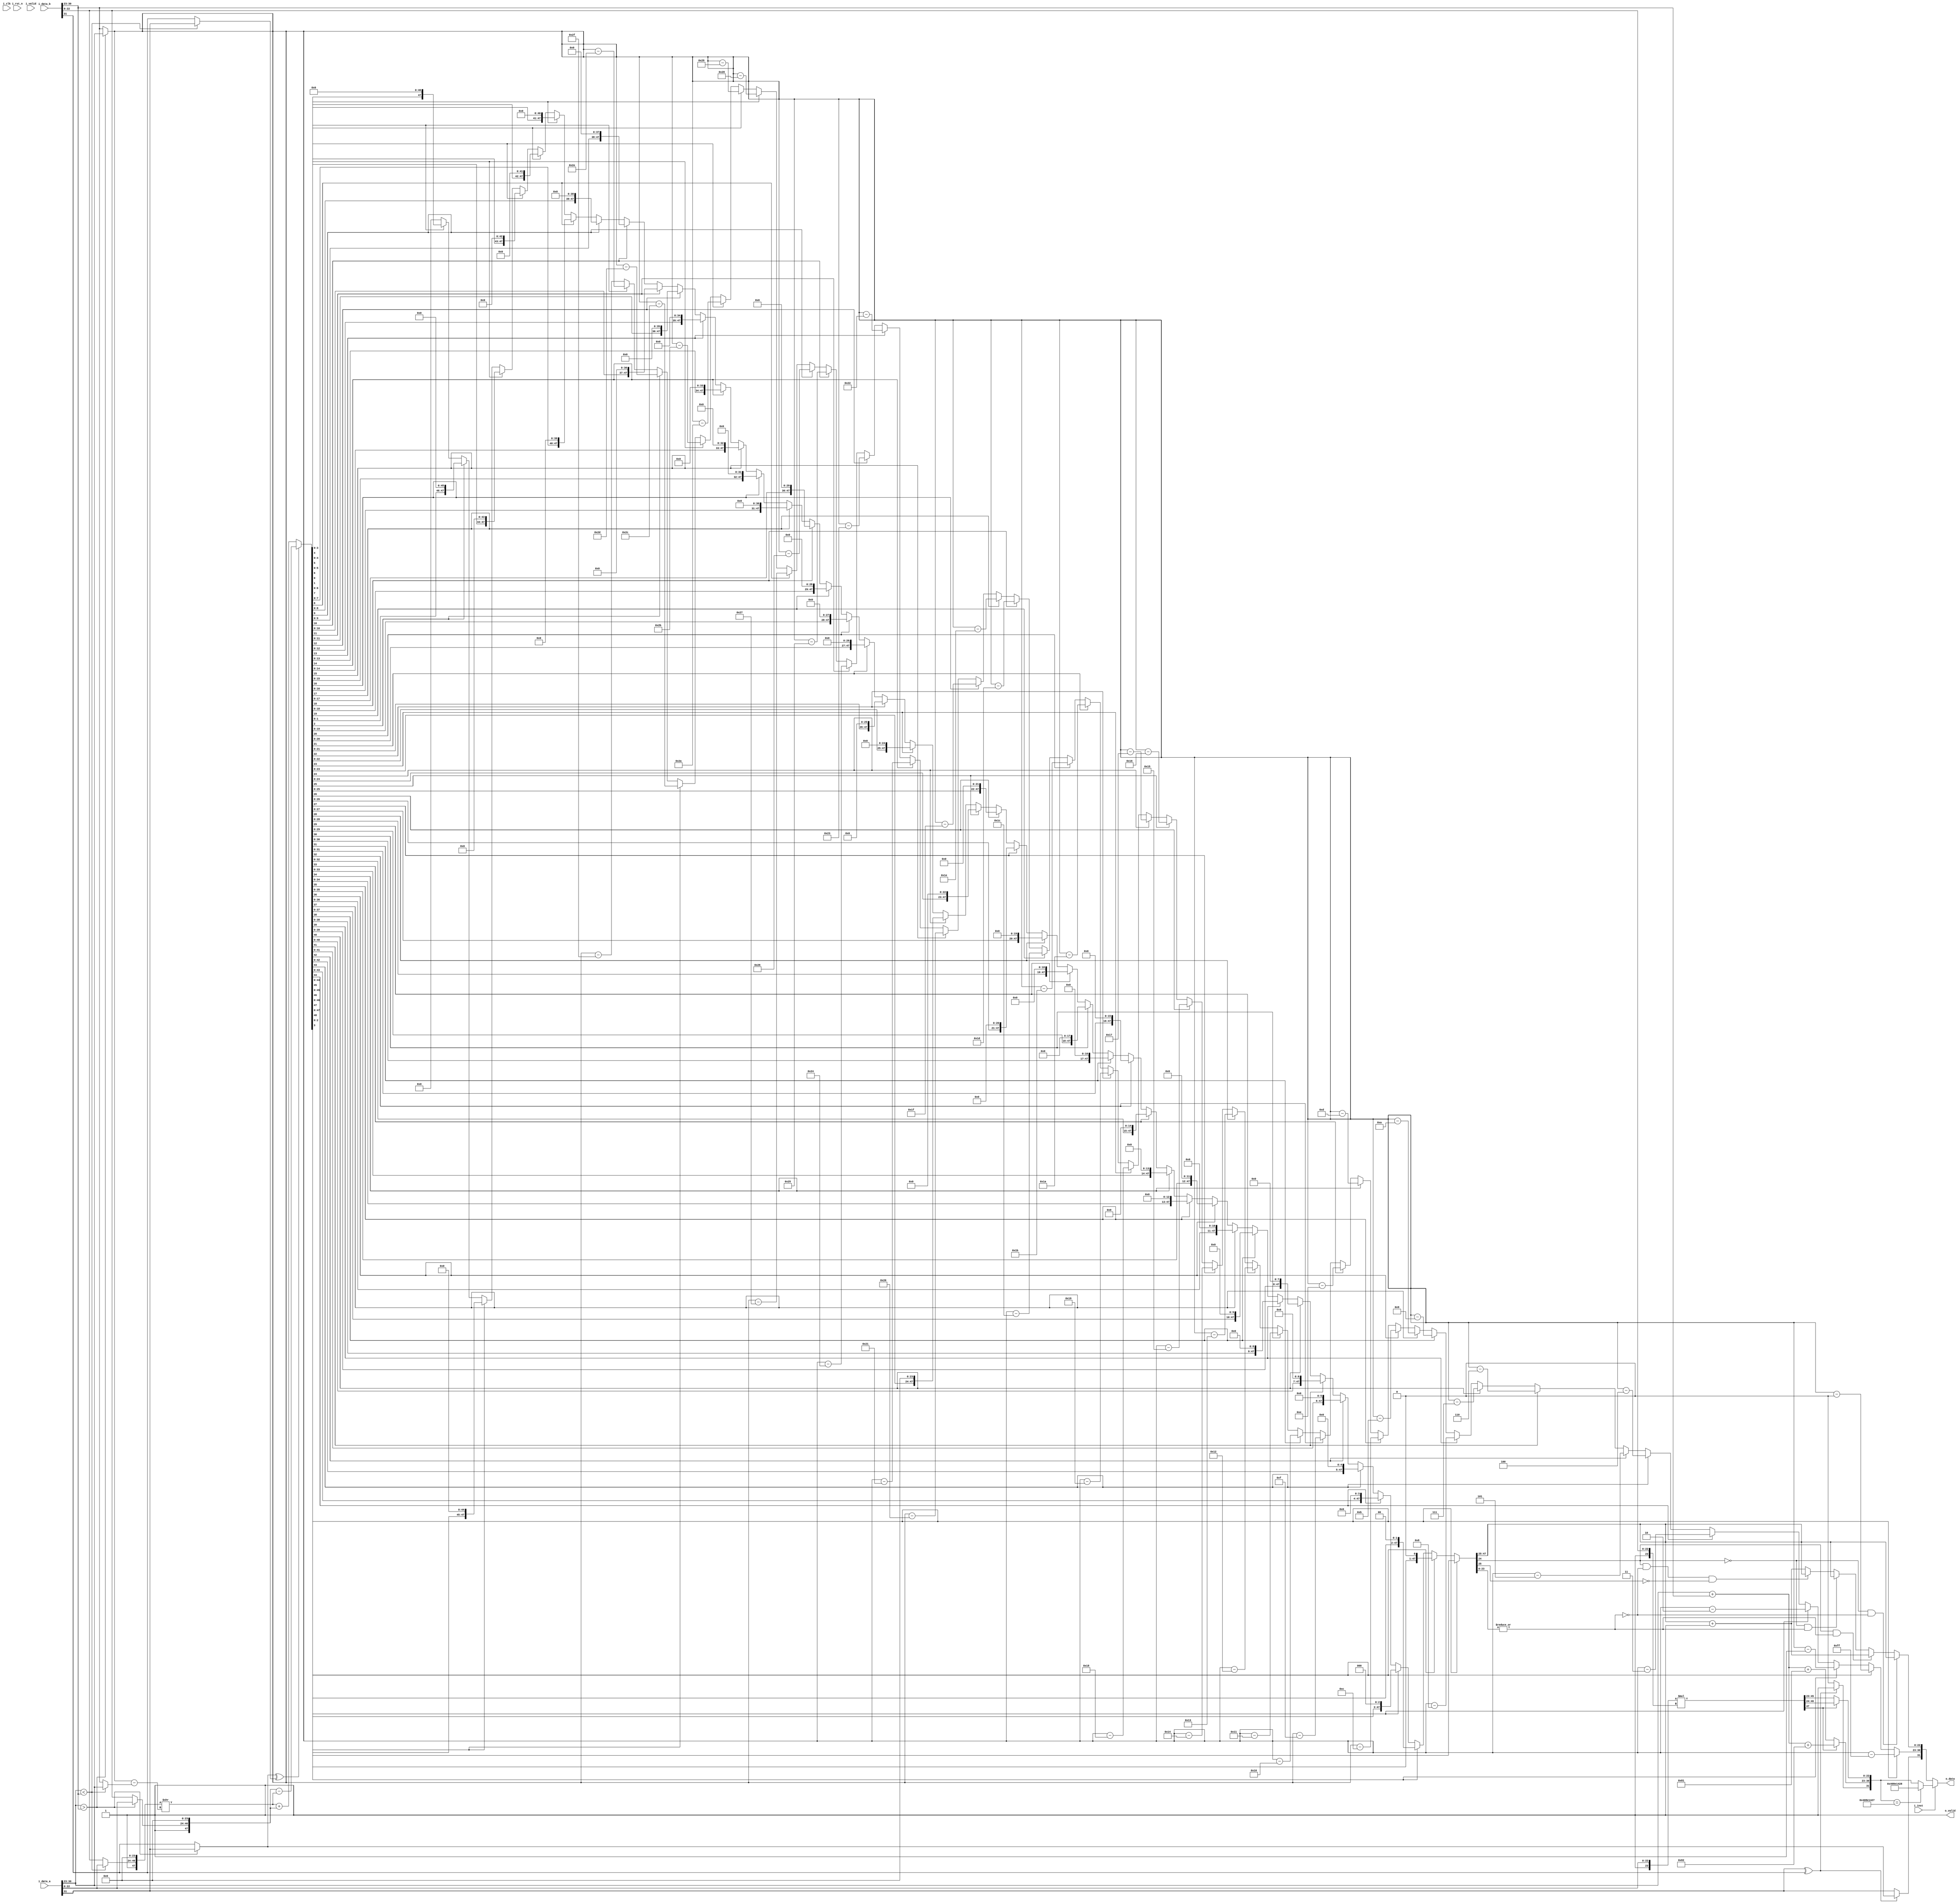
module fpu #(
    parameter DATA_WIDTH = 32,
    parameter INST_WIDTH = 1
)(
    input                   i_clk,
    input                   i_rst_n,
    input  [DATA_WIDTH-1:0] i_data_a,
    input  [DATA_WIDTH-1:0] i_data_b,
    input  [INST_WIDTH-1:0] i_inst,
    input                   i_valid,
    output [DATA_WIDTH-1:0] o_data,
    output                  o_valid
);


wire [23:0] i_data_a_fraction, i_data_b_fraction;
wire [7:0]  i_data_a_exponent, i_data_b_exponent;
wire        i_data_a_sign,     i_data_b_sign;

assign i_data_a_fraction = {1'b1, i_data_a[22:0]};
assign i_data_b_fraction = {1'b1, i_data_b[22:0]};
assign i_data_a_exponent = i_data_a[30:23];
assign i_data_b_exponent = i_data_b[30:23];
assign i_data_a_sign     = i_data_a[31];
assign i_data_b_sign     = i_data_b[31];


//ADD
wire [23:0] big_fraction, small_fraction;
wire [7:0]  big_exponent, small_exponent;
wire        big_sign    , small_sign;

assign big_exponent   = (i_data_a_exponent > i_data_b_exponent) ? 
                         i_data_a_exponent : i_data_b_exponent;

assign small_exponent = (i_data_a_exponent < i_data_b_exponent) ? 
                         i_data_a_exponent : i_data_b_exponent;   

assign big_fraction   = (i_data_a_exponent > i_data_b_exponent) ? 
                         i_data_a_fraction : i_data_b_fraction;

assign small_fraction = (i_data_a_exponent < i_data_b_exponent) ? 
                         i_data_a_fraction : i_data_b_fraction;

assign big_sign       = (i_data_a_exponent > i_data_b_exponent) ? 
                         i_data_a_sign     : i_data_b_sign;

assign small_sign     = (i_data_a_exponent < i_data_b_exponent) ? 
                         i_data_a_sign     : i_data_b_sign;                       

wire [7:0] exponent_difference;
assign exponent_difference = big_exponent - small_exponent;

wire [47:0] shifted_small_fraction;
wire [47:0] extended_big_fraction; 
assign shifted_small_fraction = {small_fraction, 24'd0} >> exponent_difference;
assign extended_big_fraction  = {big_fraction, 24'd0};

wire [48:0] sum_of_fraction;
assign sum_of_fraction = ~(big_sign ^ small_sign) ? (shifted_small_fraction + extended_big_fraction) : 
                            (extended_big_fraction - shifted_small_fraction);


reg [7:0] normalized_exponent;
reg [48:0] shifted_sum_of_fraction;
always @(*) begin
    if (sum_of_fraction[48]) begin
        normalized_exponent = big_exponent - (47-48);
        shifted_sum_of_fraction = sum_of_fraction << (48-48);

    end else if (sum_of_fraction[47]) begin
        normalized_exponent = big_exponent - (47-47);
        shifted_sum_of_fraction = sum_of_fraction << (48-47);
    end else if (sum_of_fraction[46]) begin
        normalized_exponent = big_exponent - (47-46);
        shifted_sum_of_fraction = sum_of_fraction << (48-46);
    end else if (sum_of_fraction[45]) begin
        normalized_exponent = big_exponent - (47-45);
        shifted_sum_of_fraction = sum_of_fraction << (48-45);
    end else if (sum_of_fraction[44]) begin
        normalized_exponent = big_exponent - (47-44);
        shifted_sum_of_fraction = sum_of_fraction << (48-44);
    end else if (sum_of_fraction[43]) begin
        normalized_exponent = big_exponent - (47-43);
        shifted_sum_of_fraction = sum_of_fraction << (48-43);
    end else if (sum_of_fraction[42]) begin
        normalized_exponent = big_exponent - (47-42);
        shifted_sum_of_fraction = sum_of_fraction << (48-42);
    end else if (sum_of_fraction[41]) begin
        normalized_exponent = big_exponent - (47-41);
        shifted_sum_of_fraction = sum_of_fraction << (48-41);
    end else if (sum_of_fraction[40]) begin
        normalized_exponent = big_exponent - (47-40);
        shifted_sum_of_fraction = sum_of_fraction << (48-40);
    end else if (sum_of_fraction[39]) begin
        normalized_exponent = big_exponent - (47-39);
        shifted_sum_of_fraction = sum_of_fraction << (48-39);
    end else if (sum_of_fraction[38]) begin
        normalized_exponent = big_exponent - (47-38);
        shifted_sum_of_fraction = sum_of_fraction << (48-38);
    end else if (sum_of_fraction[37]) begin
        normalized_exponent = big_exponent - (47-37);
        shifted_sum_of_fraction = sum_of_fraction << (48-37);
    end else
    if (sum_of_fraction[36]) begin
        normalized_exponent = big_exponent - (47-36);
        shifted_sum_of_fraction = sum_of_fraction << (48-36);
    end else
    if (sum_of_fraction[35]) begin
        normalized_exponent = big_exponent - (47-35);
        shifted_sum_of_fraction = sum_of_fraction << (48-35);
    end else
    if (sum_of_fraction[34]) begin
        normalized_exponent = big_exponent - (47-34);
        shifted_sum_of_fraction = sum_of_fraction << (48-34);
    end else
    if (sum_of_fraction[33]) begin
        normalized_exponent = big_exponent - (47-33);
        shifted_sum_of_fraction = sum_of_fraction << (48-33);
    end else
    if (sum_of_fraction[32]) begin
        normalized_exponent = big_exponent - (47-32);
        shifted_sum_of_fraction = sum_of_fraction << (48-32);
    end else
    if (sum_of_fraction[31]) begin
        normalized_exponent = big_exponent - (47-31);
        shifted_sum_of_fraction = sum_of_fraction << (48-31);
    end else
    if (sum_of_fraction[30]) begin
        normalized_exponent = big_exponent - (47-30);
        shifted_sum_of_fraction = sum_of_fraction << (48-30);
    end else
    if (sum_of_fraction[29]) begin
        normalized_exponent = big_exponent - (47-29);
        shifted_sum_of_fraction = sum_of_fraction << (48-29);
    end else
    if (sum_of_fraction[28]) begin
        normalized_exponent = big_exponent - (47-28);
        shifted_sum_of_fraction = sum_of_fraction << (48-28);
    end else
    if (sum_of_fraction[27]) begin
        normalized_exponent = big_exponent - (47-27);
        shifted_sum_of_fraction = sum_of_fraction << (48-27);
    end else
    if (sum_of_fraction[26]) begin
        normalized_exponent = big_exponent - (47-26);
        shifted_sum_of_fraction = sum_of_fraction << (48-26);
    end else
    if (sum_of_fraction[25]) begin
        normalized_exponent = big_exponent - (47-25);
        shifted_sum_of_fraction = sum_of_fraction << (48-25);
    end else
    if (sum_of_fraction[24]) begin
        normalized_exponent = big_exponent - (47-24);
        shifted_sum_of_fraction = sum_of_fraction << (48-24);
    end else
    if (sum_of_fraction[23]) begin
        normalized_exponent = big_exponent - (47-23);
        shifted_sum_of_fraction = sum_of_fraction << (48-23);
    end else
    if (sum_of_fraction[22]) begin
        normalized_exponent = big_exponent - (47-22);
        shifted_sum_of_fraction = sum_of_fraction << (48-22);
    end else
    if (sum_of_fraction[21]) begin
        normalized_exponent = big_exponent - (47-21);
        shifted_sum_of_fraction = sum_of_fraction << (48-21);
    end else
    if (sum_of_fraction[20]) begin
        normalized_exponent = big_exponent - (47-20);
        shifted_sum_of_fraction = sum_of_fraction << (48-20);
    end else
    if (sum_of_fraction[19]) begin
        normalized_exponent = big_exponent - (47-19);
        shifted_sum_of_fraction = sum_of_fraction << (48-19);
    end else
    if (sum_of_fraction[18]) begin
        normalized_exponent = big_exponent - (47-18);
        shifted_sum_of_fraction = sum_of_fraction << (48-18);
    end else
    if (sum_of_fraction[17]) begin
        normalized_exponent = big_exponent - (47-17);
        shifted_sum_of_fraction = sum_of_fraction << (48-17);
    end else
    if (sum_of_fraction[16]) begin
        normalized_exponent = big_exponent - (47-16);
        shifted_sum_of_fraction = sum_of_fraction << (48-16);
    end else
    if (sum_of_fraction[15]) begin
        normalized_exponent = big_exponent - (47-15);
        shifted_sum_of_fraction = sum_of_fraction << (48-15);
    end else
    if (sum_of_fraction[14]) begin
        normalized_exponent = big_exponent - (47-14);
        shifted_sum_of_fraction = sum_of_fraction << (48-14);
    end else
    if (sum_of_fraction[13]) begin
        normalized_exponent = big_exponent - (47-13);
        shifted_sum_of_fraction = sum_of_fraction << (48-13);
    end else
    if (sum_of_fraction[12]) begin
        normalized_exponent = big_exponent - (47-12);
        shifted_sum_of_fraction = sum_of_fraction << (48-12);
    end else
    if (sum_of_fraction[11]) begin
        normalized_exponent = big_exponent - (47-11);
        shifted_sum_of_fraction = sum_of_fraction << (48-11);
    end else
    if (sum_of_fraction[10]) begin
        normalized_exponent = big_exponent - (47-10);
        shifted_sum_of_fraction = sum_of_fraction << (48-10);
    end else
    if (sum_of_fraction[9]) begin
        normalized_exponent = big_exponent - (47-9);
        shifted_sum_of_fraction = sum_of_fraction << (48-9);
    end else
    if (sum_of_fraction[8]) begin
        normalized_exponent = big_exponent - (47-8);
        shifted_sum_of_fraction = sum_of_fraction << (48-8);
    end else
    if (sum_of_fraction[7]) begin
        normalized_exponent = big_exponent - (47-7);
        shifted_sum_of_fraction = sum_of_fraction << (48-7);
    end else
    if (sum_of_fraction[6]) begin
        normalized_exponent = big_exponent - (47-6);
        shifted_sum_of_fraction = sum_of_fraction << (48-6);
    end else
    if (sum_of_fraction[5]) begin
        normalized_exponent = big_exponent - (47-5);
        shifted_sum_of_fraction = sum_of_fraction << (48-5);
    end else
    if (sum_of_fraction[4]) begin
        normalized_exponent = big_exponent - (47-4);
        shifted_sum_of_fraction = sum_of_fraction << (48-4);
    end else
    if (sum_of_fraction[3]) begin
        normalized_exponent = big_exponent - (47-3);
        shifted_sum_of_fraction = sum_of_fraction << (48-3);
    end else
    if (sum_of_fraction[2]) begin
        normalized_exponent = big_exponent - (47-2);
        shifted_sum_of_fraction = sum_of_fraction << (48-2);
    end else
    if (sum_of_fraction[1]) begin
        normalized_exponent = big_exponent - (47-1);
        shifted_sum_of_fraction = sum_of_fraction << (48-1);
    end else begin
        normalized_exponent = big_exponent - (47-0);
        shifted_sum_of_fraction = sum_of_fraction << (48-0);
    end
end

// rounding

wire [22:0] round_fraction;
wire        guard_bit;
wire        round_bit;
wire        sticky_bit;

assign guard_bit = shifted_sum_of_fraction[25];
assign round_bit = shifted_sum_of_fraction[24];
assign sticky_bit = |(shifted_sum_of_fraction[23:0]);

assign round_fraction = (round_bit == 0 & sticky_bit == 0) ? shifted_sum_of_fraction[47:25] :
                        (round_bit == 1 & sticky_bit == 1) ? shifted_sum_of_fraction[47:25] + 1 :
                        (round_bit == 0 & sticky_bit == 1) ? shifted_sum_of_fraction[47:25] :
                        (round_bit == 1 & sticky_bit == 0 & guard_bit == 0) ? shifted_sum_of_fraction[47:25] :
                        shifted_sum_of_fraction[47:25] + 1;

// sign bit
wire final_sign_bit;
assign final_sign_bit = ~(i_data_a_sign ^ i_data_b_sign) ? i_data_a_sign : big_sign;




//MUL

wire [47:0] multiplied_sig;
assign multiplied_sig = i_data_a_fraction * i_data_b_fraction;
// always @(multiplied_sig)
//     $display("%10d * %10d = %10d", i_data_a_fraction, i_data_b_fraction, multiplied_sig);

wire mul_sign_bit;
assign mul_sign_bit = (i_data_a_sign ^ i_data_b_sign) ? 1 : 0;

// wire guard;
// wire round;
// wire sticky;
// assign guard = multiplied_sig[25];
// assign round = multiplied_sig[24];
// assign sticky = |(multiplied_sig[23:0]);


wire [22:0] rounded_fraction;
assign rounded_fraction = multiplied_sig[47] ? multiplied_sig[46:24] : multiplied_sig[45:23];
// always @(*)
// $display("%b, %b %b", i_data_a_fraction, i_data_b_fraction, multiplied_sig);

// assign rounded_fraction = (round == 0 & sticky == 0) ? multiplied_sig[47:25] :
//                         (round == 1 & sticky == 1) ? multiplied_sig[47:25] + 1 :
//                         (round == 0 & sticky == 1) ? multiplied_sig[47:25] :
//                         (round == 1 & sticky == 0 & guard == 0) ? multiplied_sig[47:25] :
//                         multiplied_sig[47:25] + 1;

wire [7:0] added_exponent;
assign added_exponent = multiplied_sig[47] ? i_data_a_exponent + i_data_b_exponent + 130 : i_data_a_exponent + i_data_b_exponent + 129;//bias

//ANS
assign o_data = (~i_inst) ? {final_sign_bit, normalized_exponent, round_fraction} :
                ({mul_sign_bit, added_exponent, rounded_fraction} == 32'h408e1427) ? 32'h408e1428 :
                {mul_sign_bit, added_exponent, rounded_fraction};

// assign o_data = {final_sign_bit, normalized_exponent, round_fraction};
assign o_valid = 1;

endmodule